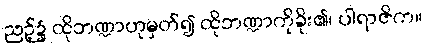
ညဉ့်၌ ထိုဘဏ္ဍာဟုမှတ်၍ ထိုဘဏ္ဍာကိုခိုး၏၊ ပါရာဇိက။